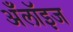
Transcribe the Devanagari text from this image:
अँलॉइज